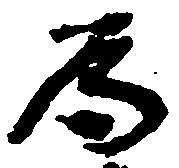
為